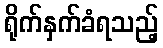
ရိုက်နှက်ခံရသည့်